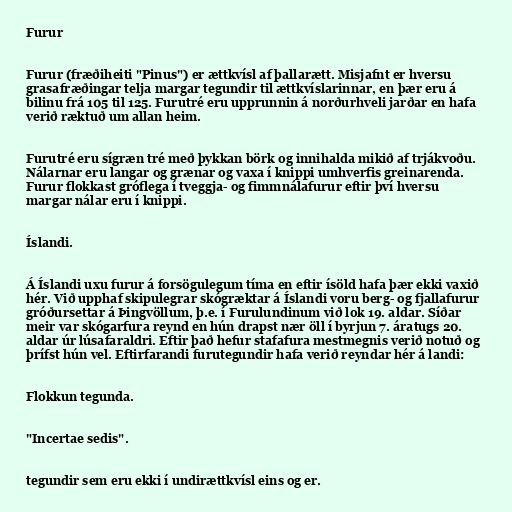
Furur

Furur (fræðiheiti "Pinus") er ættkvísl af þallarætt. Misjafnt er hversu
grasafræðingar telja margar tegundir til ættkvíslarinnar, en þær eru á
bilinu frá 105 til 125. Furutré eru upprunnin á norðurhveli jarðar en hafa
verið ræktuð um allan heim.

Furutré eru sígræn tré með þykkan börk og innihalda mikið af trjákvoðu.
Nálarnar eru langar og grænar og vaxa í knippi umhverfis greinarenda.
Furur flokkast gróflega í tveggja- og fimmnálafurur eftir því hversu
margar nálar eru í knippi.

Íslandi.

Á Íslandi uxu furur á forsögulegum tíma en eftir ísöld hafa þær ekki vaxið
hér. Við upphaf skipulegrar skógræktar á Íslandi voru berg- og fjallafurur
gróðursettar á Þingvöllum, þ.e. í Furulundinum við lok 19. aldar. Síðar
meir var skógarfura reynd en hún drapst nær öll í byrjun 7. áratugs 20.
aldar úr lúsafaraldri. Eftir það hefur stafafura mestmegnis verið notuð og
þrífst hún vel. Eftirfarandi furutegundir hafa verið reyndar hér á landi:

Flokkun tegunda.

"Incertae sedis".

tegundir sem eru ekki í undirættkvísl eins og er.